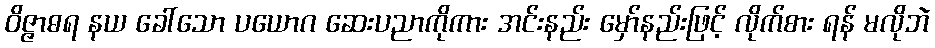
ဝိဇ္ဇာဓရ နယ ခေါ်သော ပယောဂ ဆေးပညာကိုကား အင်းနည်း မှော်နည်းဖြင့် လိုက်စား ရန် မလိုဘဲ